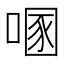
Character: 𰈔